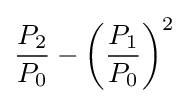
{\frac {P_{2}}{P_{0}}}-\left({\frac {P_{1}}{P_{0}}}\right)^{2}